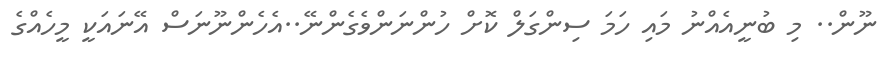
ނޫން.. މި ބުނީއެއްނު މައި ހަމަ ސިންގަލް ކޮށް ހުންނަންވެގެންނޭ..އެހެންނޫނަސް އޭނައަކީ މީހެއްގެ